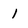
Character: 1